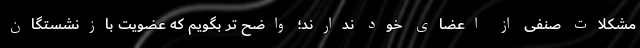
مشکلات صنفی از اعضای خود ندارند؛ واضح تر بگویم که عضویت بازنشستگان